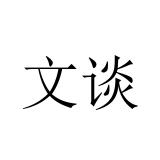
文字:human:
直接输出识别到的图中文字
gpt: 文谈